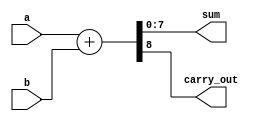
module ParametricAdder #(
    parameter WIDTH = 8 // Default width is 8 bits
)(
    input  wire [WIDTH-1:0] a, // First operand
    input  wire [WIDTH-1:0] b, // Second operand
    output reg  [WIDTH-1:0] sum, // Sum output
    output reg               carry_out // Carry-out flag
);

// Always block for addition operation
always @(*) begin
    {carry_out, sum} = a + b; // Perform addition and capture carry-out
end

endmodule